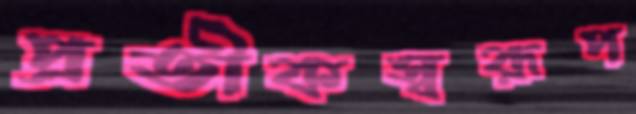
প্রতীকস্বরূপ